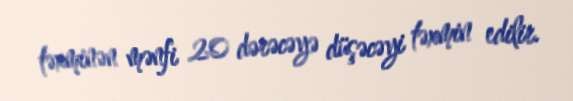
təxminən mənfi 20 dərəcəyə düşəcəyi təxmin edilir.